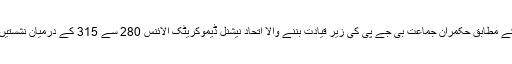
ان ایگزٹ پولز کے مطابق حکمران جماعت بی جے پی کی زیر قیادت بننے والا اتحاد نیشنل ڈیموکریٹک الائنس 280 سے 315 کے درمیان نشستیں جیت سکتا ہے ۔